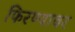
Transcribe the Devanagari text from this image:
फिरण्यावर